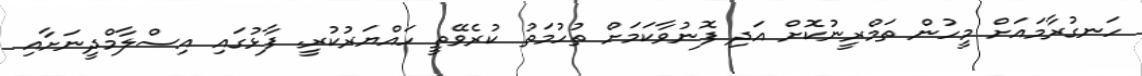
ހަނގުރާމައަށް މީހުން ތަމްރީނުކޮށް އަދި ފޮނުވާކަމަށް ތުހުމަތު ކުރެވޭތީ ހައްޔަރުކުރީ. ފާޅުގައި އިސްލާމްދީނަށާއި